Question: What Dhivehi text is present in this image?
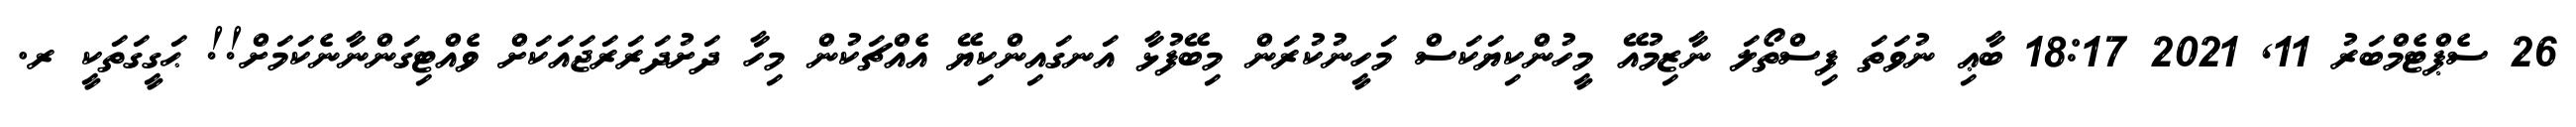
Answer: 26 ސެޕްޓެމްބަރު 11, 2021 18:17 ބާޢި ނުވަތަ ފިސްތޯލަ ނާޒިމުއޭ މީހުންކިޔަކަސް މަހީނުކުރަން މިބޭފުޅާ އަނގައިންކިޔޭ އެއްޗަކުން މިހާ ދަށުދަރަރަޖައަކަށް ވެއްޓިގަންނާނެކަމަށް!! ޙަގީގަތަކީ ރ.